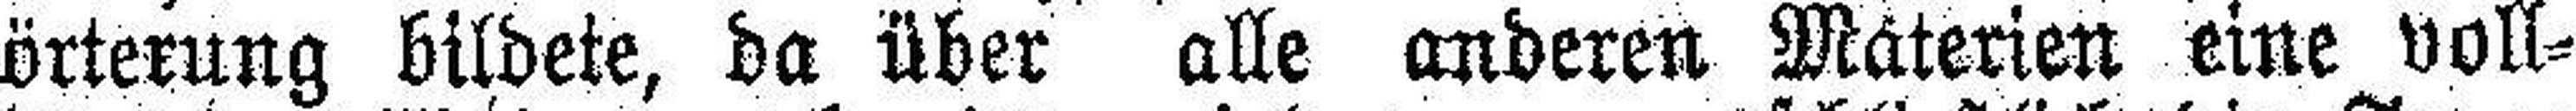
örterung bildete, da über alle anderen Materien eine voll¬